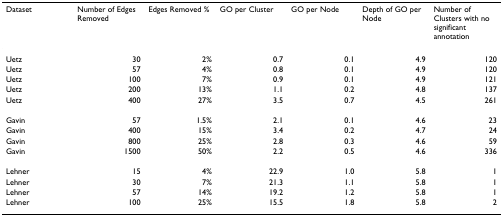
<table><thead><tr><td><b>Dataset</b></td><td><b>Number of Edges Removed</b></td><td><b>Edges Removed %</b></td><td><b>GO per Cluster</b></td><td><b>GO per Node</b></td><td><b>Depth of GO per Node</b></td><td><b>Number of Clusters with no significant annotation</b></td></tr></thead><tbody><tr><td>Uetz</td><td>30</td><td>2%</td><td>0.7</td><td>0.1</td><td>4.9</td><td>120</td></tr><tr><td>Uetz</td><td>57</td><td>4%</td><td>0.8</td><td>0.1</td><td>4.9</td><td>120</td></tr><tr><td>Uetz</td><td>100</td><td>7%</td><td>0.9</td><td>0.1</td><td>4.9</td><td>121</td></tr><tr><td>Uetz</td><td>200</td><td>13%</td><td>1.1</td><td>0.2</td><td>4.8</td><td>137</td></tr><tr><td>Uetz</td><td>400</td><td>27%</td><td>3.5</td><td>0.7</td><td>4.5</td><td>261</td></tr><tr><td>Gavin</td><td>57</td><td>1.5%</td><td>2.1</td><td>0.1</td><td>4.6</td><td>23</td></tr><tr><td>Gavin</td><td>400</td><td>15%</td><td>3.4</td><td>0.2</td><td>4.7</td><td>24</td></tr><tr><td>Gavin</td><td>800</td><td>25%</td><td>2.8</td><td>0.3</td><td>4.6</td><td>59</td></tr><tr><td>Gavin</td><td>1500</td><td>50%</td><td>2.2</td><td>0.5</td><td>4.6</td><td>336</td></tr><tr><td>Lehner</td><td>15</td><td>4%</td><td>22.9</td><td>1.0</td><td>5.8</td><td>1</td></tr><tr><td>Lehner</td><td>30</td><td>7%</td><td>21.3</td><td>1.1</td><td>5.8</td><td>1</td></tr><tr><td>Lehner</td><td>57</td><td>14%</td><td>19.2</td><td>1.2</td><td>5.8</td><td>1</td></tr><tr><td>Lehner</td><td>100</td><td>25%</td><td>15.5</td><td>1.8</td><td>5.8</td><td>2</td></tr></tbody></table>